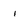
Character: 1